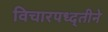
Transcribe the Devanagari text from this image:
विचारपध्द्तीने